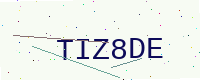
Text: TIZ8DE